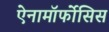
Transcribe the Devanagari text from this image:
ऐनामॉर्फोसिस